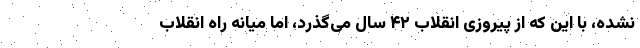
نشده، با این که از پیروزی انقلاب ۴۲ سال می‌گذرد، اما میانه راه انقلاب